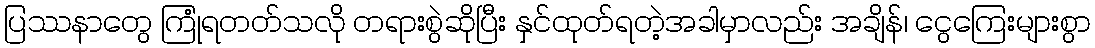
ပြဿနာတွေ ကြုံရတတ်သလို တရားစွဲဆိုပြီး နှင်ထုတ်ရတဲ့အခါမှာလည်း အချိန်၊ ငွေကြေးများစွာ